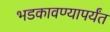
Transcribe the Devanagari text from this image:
भडकावण्यापर्यंत